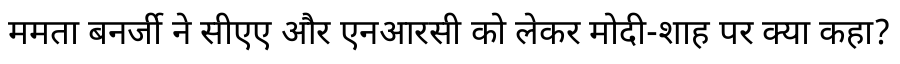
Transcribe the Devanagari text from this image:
ममता बनर्जी ने सीएए और एनआरसी को लेकर मोदी-शाह पर क्या कहा?